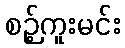
စဉ့်ကူးမင်း